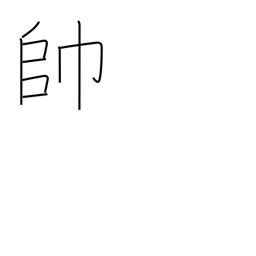
Meaning: leading troops